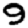
Digit: 9